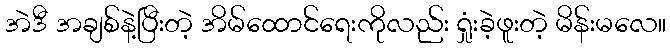
အဲဒီ အချစ်နဲ့ပြီးတဲ့ အိမ်ထောင်ရေးကိုလည်း ရှုံးခဲ့ဖူးတဲ့ မိန်းမလေ။